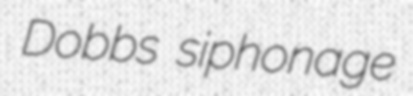
Dobbs siphonage